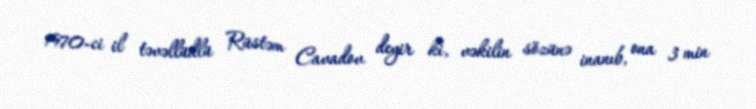
1970-ci il təvəllüdlü Rüstəm Cavadov deyir ki, vəkilin sözünə inanıb, ona 3 min